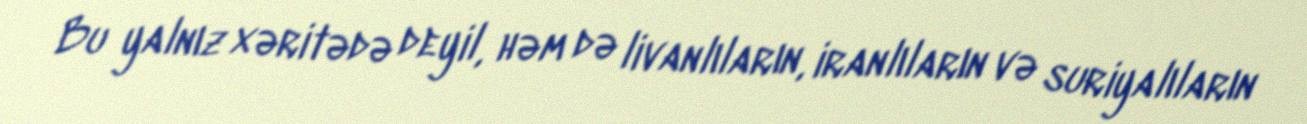
Bu yalnız xəritədə deyil, həm də livanlıların, iranlıların və suriyalıların